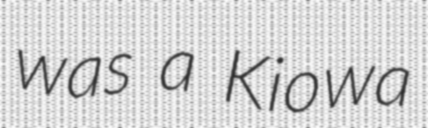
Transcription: was a Kiowa